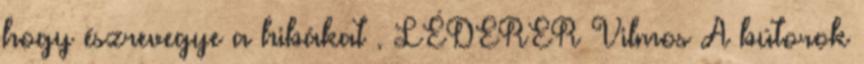
hogy észrevegye a hibákat . LÉDERER Vilmos A bútorok